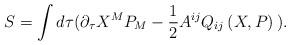
LaTeX: \begin{align*}S=\int d\tau (\partial _{\tau }X^{M}P_{M}-\frac{1}{2}A^{ij}Q_{ij}\left(X,P\right) \,).\end{align*}